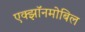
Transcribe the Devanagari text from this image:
एक्झॉनमोबिल